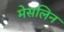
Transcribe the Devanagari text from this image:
मेसलिन